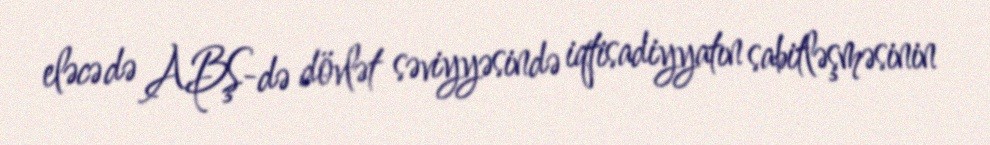
eləcə də ABŞ-də dövlət səviyyəsində iqtisadiyyatın sabitləşməsinin